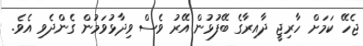
ޖެހޭ ކަމަށް ހާރިޖީ ދާއިރާގެ ބޭފުޅުން އޭރު ވެސް ވިދާޅުވަމުން ގެންދެވި އެވެ.